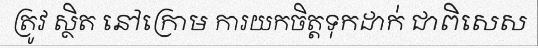
ត្រូវ ស្ថិត នៅក្រោម ការយកចិត្តទុកដាក់ ជាពិសេស